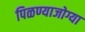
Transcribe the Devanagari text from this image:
पिळण्याजोग्या